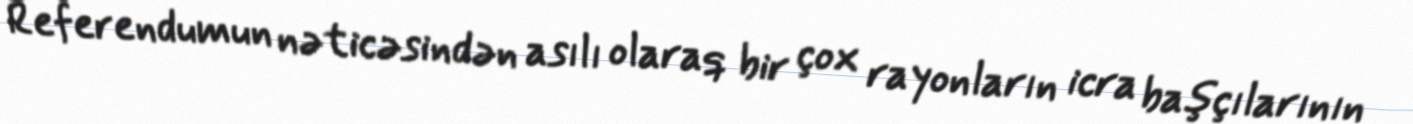
Referendumun nəticəsindən asılı olaraq bir çox rayonların icra başçılarının